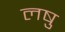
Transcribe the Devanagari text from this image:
लषु